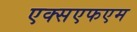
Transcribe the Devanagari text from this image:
एक्सएफएम